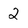
Character: 2